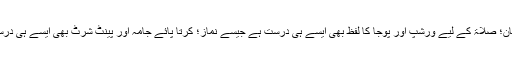
پرویز، ڈیوڈ اور آکاش جیسے نام ایسے ہی قابل قبول ہیں جیسے محمد یوسف، عبد اللہ و عبد الرحمان؛ صلاۃ کے لیے ورشپ اور پوجا کا لفظ بھی ایسے ہی درست ہے جیسے نماز؛ کرتا پائے جامہ اور پینٹ شرٹ بھی ایسے ہی درست لباس ہیں جیسے عربی چغہ؛ ثقافتی اور موسمی تہوار بھی اسلامی اور غیر اسلامی نہیں ہوتے۔